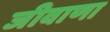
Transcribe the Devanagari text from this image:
जीवाणा